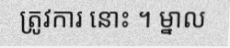
ត្រូវការ នោះ ។ ម្នាល